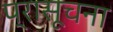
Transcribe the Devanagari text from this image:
प्रासूचना